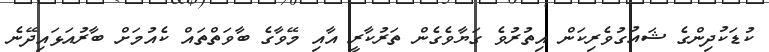
ކުޑަކުދިންގެ ޝައުގުވެރިކަން އިތުރުވެ ގަޔާވެގެން ތަރުކާރީ އާއި މޭވާގެ ބާވަތްތައް ކެއުމަށް ބާރުއަޅައިދޭނެ